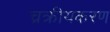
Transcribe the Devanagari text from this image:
च्रक्रीयकरण